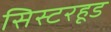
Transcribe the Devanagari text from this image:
सिस्टरहूड